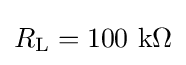
R_{\mathrm {L} }=100\ \mathrm {k\Omega }